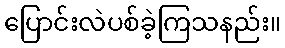
ပြောင်းလဲပစ်ခဲ့ကြသနည်း။